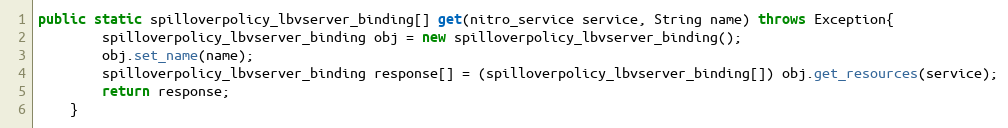
Language: Java
public static spilloverpolicy_lbvserver_binding[] get(nitro_service service, String name) throws Exception{
		spilloverpolicy_lbvserver_binding obj = new spilloverpolicy_lbvserver_binding();
		obj.set_name(name);
		spilloverpolicy_lbvserver_binding response[] = (spilloverpolicy_lbvserver_binding[]) obj.get_resources(service);
		return response;
	}